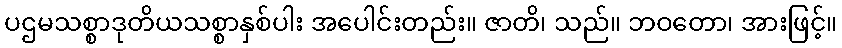
ပဌမသစ္စာဒုတိယသစ္စာနှစ်ပါး အပေါင်းတည်း။ ဇာတိ၊ သည်။ ဘဝတော၊ အားဖြင့်။